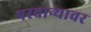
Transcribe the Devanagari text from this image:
परवान्यावर